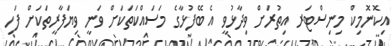
އިކޮނޮމިކް މިނިސްޓަރ އިތުރަށް ވިދާޅުވީ އެ ބޭފުޅާގެ މަސައްކަތަކަށް ވަނީ ވިޔަފާރީތަކަށް ފަހި